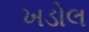
ખડોલ